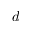
d